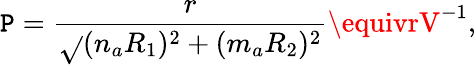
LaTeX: \mathtt{P}=\frac{{r}}{{\sqrt{}{{(n_{a}R_{1})^{2}+(m_{a}R_{2})^{2}}}}}\equivrV^{-1},